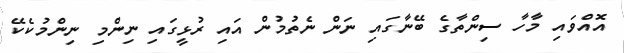
އޮއްވައި މާހާ ސިންތާގެ ބޭނާގައި ނަން ނެތުމުން އައި ރުޅީގައި ނިންމި ނިންމުކެކޭ